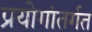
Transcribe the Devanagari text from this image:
प्रयोगांतर्गत